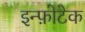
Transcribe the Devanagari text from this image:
इन्फ़ोटेक